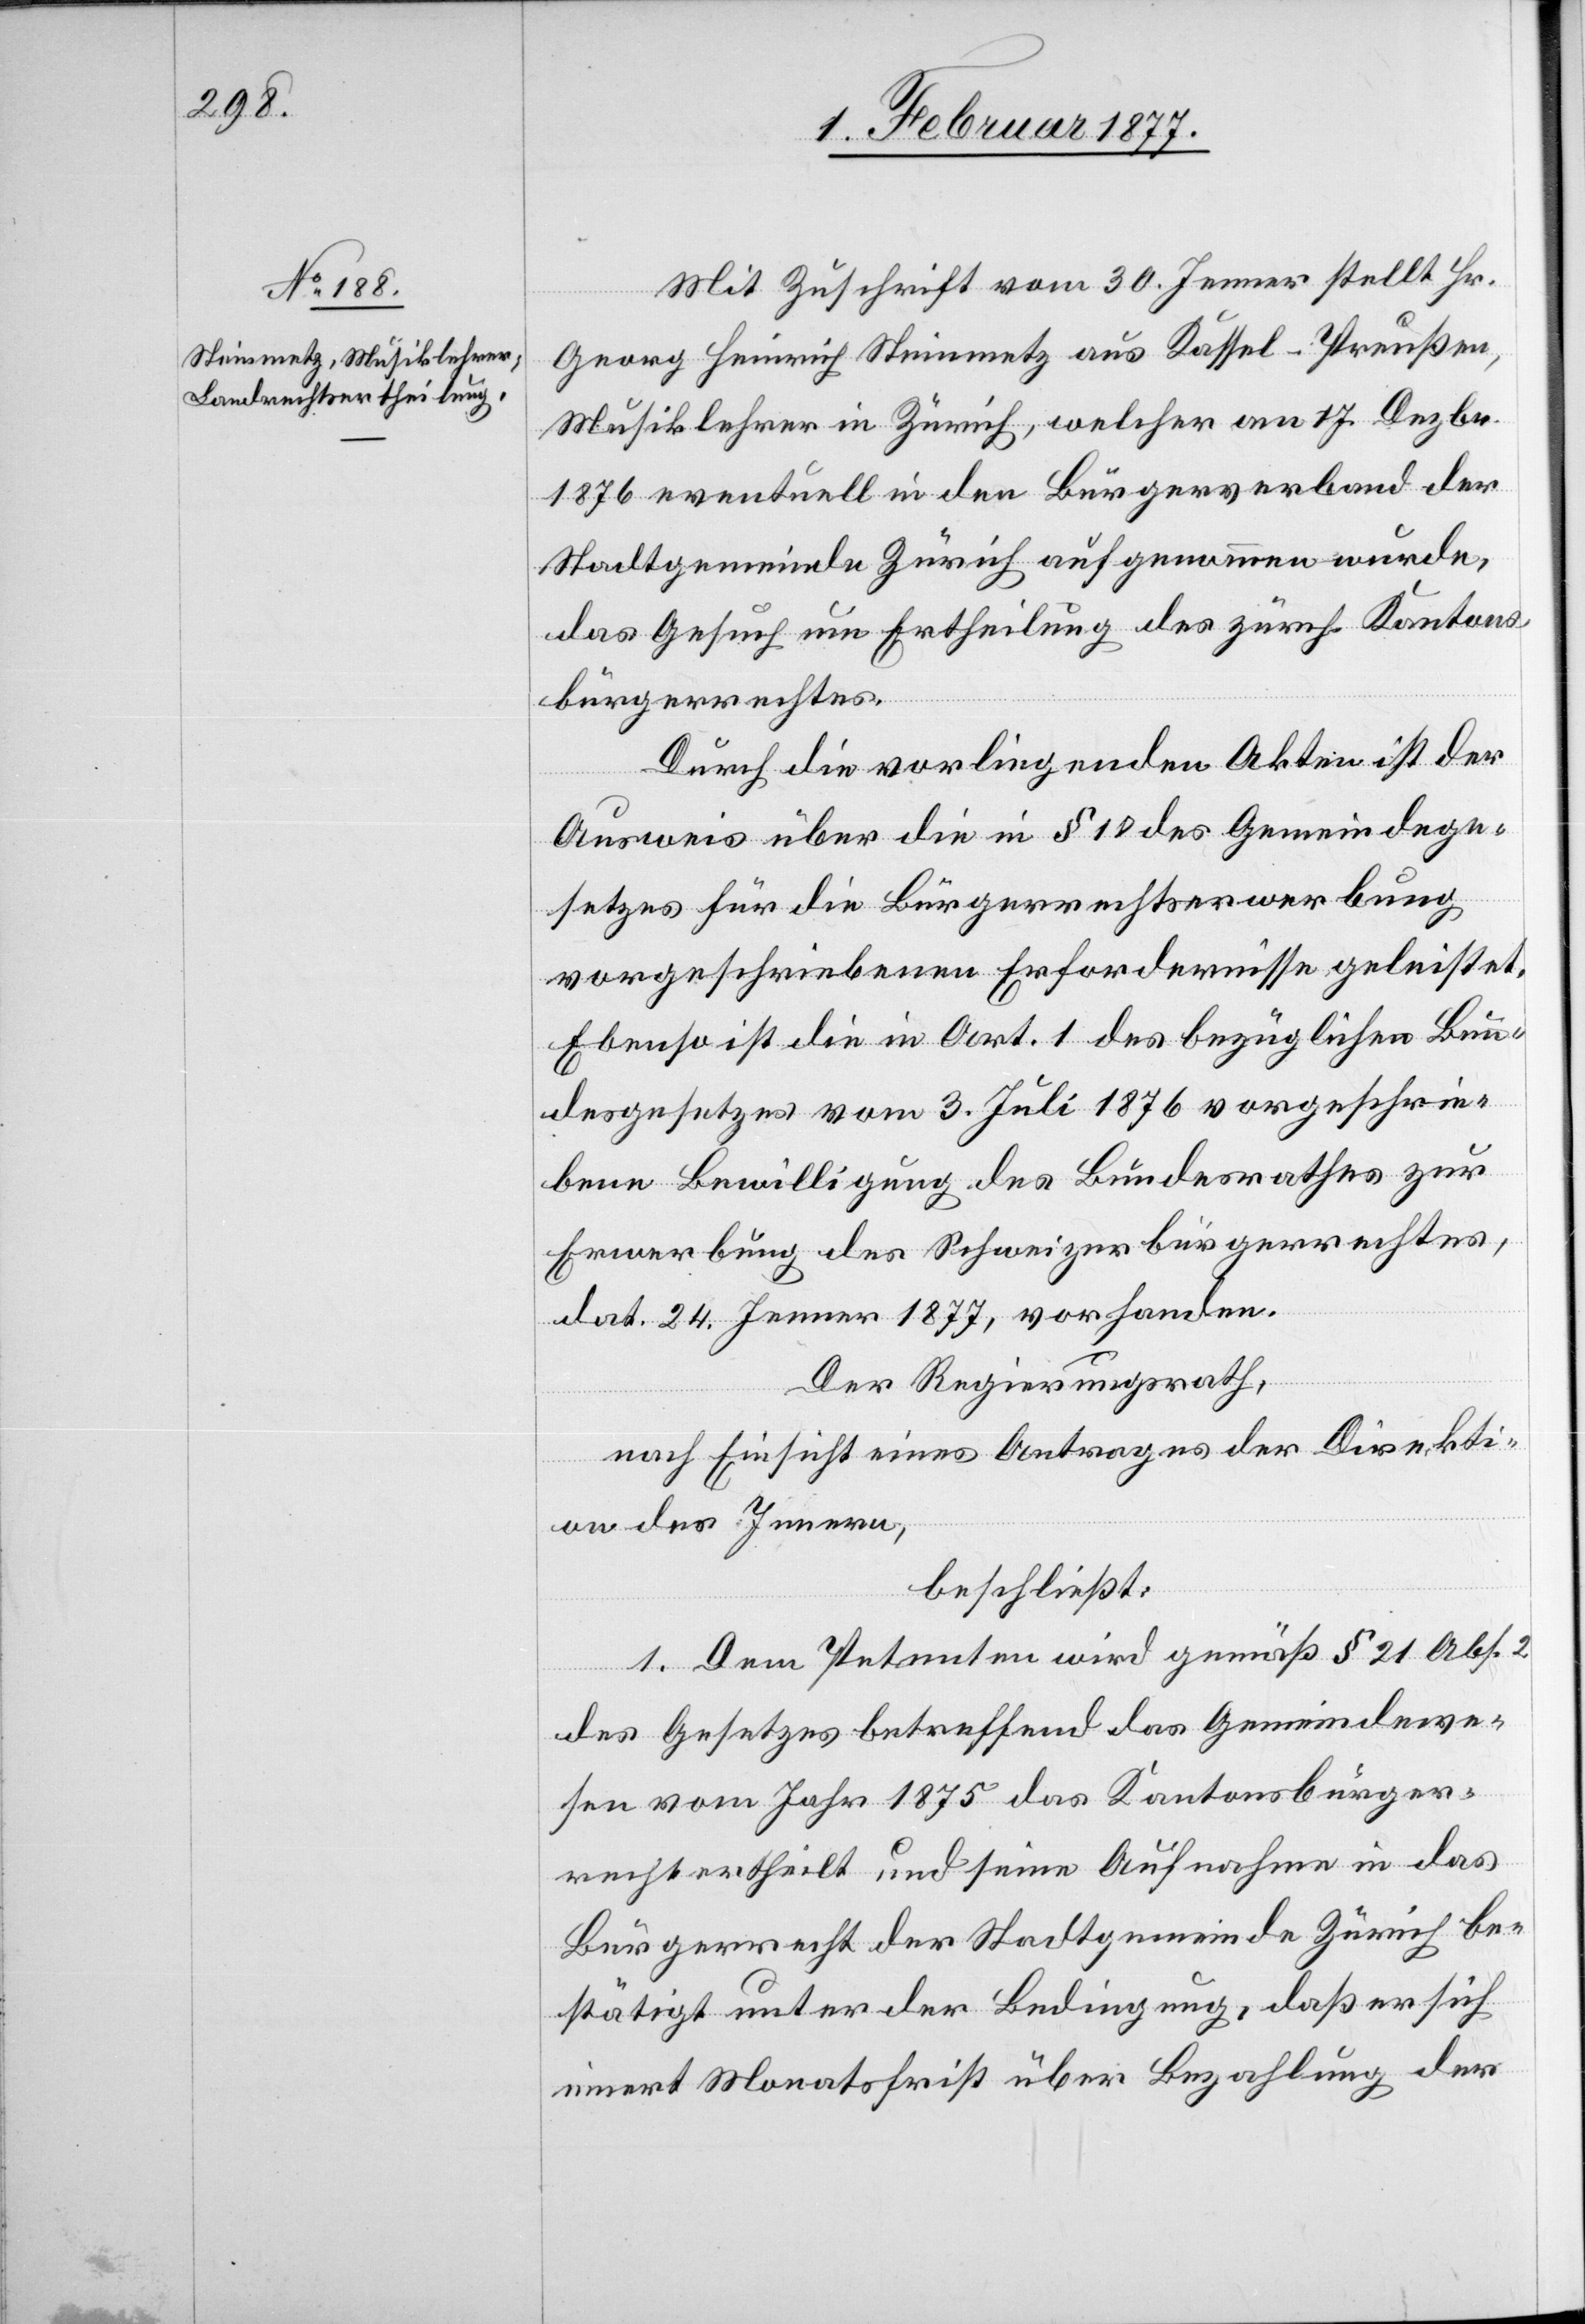
Mit Zuschrift vom 30. Jenner stellt Hr.
Georg Heinrich Steinmetz aus Kassel - Preußen,
Musiklehrer in Zürich, welcher am 17. Dezbr.
1876 eventuell in den Bürgerverband der
Stadtgemeinde Zürich aufgenommen wurde,
das Gesuch um Ertheilung des zürch. Kantons¬
bürgerrechtes.
Durch die vorliegenden Akten ist der
Ausweis über die in § 10 des Gemeindege¬
setzes für die Bürgerrechtserwerbung
vorgeschriebenen Erfordernisse geleistet.
Ebenso ist die in Art. 1 des bezüglichen Bun¬
desgesetzes vom 3. Juli 1876 vorgeschrie¬
bene Bewilligung des Bundesrathes zur
Erwerbung des Schweizerbürgerrechtes,
dat. 24. Jenner 1877, vorhanden.
Der Regierungsrath,
nach Einsicht eines Antrages der Direkti¬
on des Innern,
beschließt:
1. Dem Petenten wird gemäß § 21 Abs. 2
des Gesetzes betreffend das Gemeindewe¬
sen vom Jahr 1875 das Kantonsbürger¬
recht ertheilt und seine Aufnahme in das
Bürgerrecht der Stadtgemeinde Zürich be¬
stätigt unter der Bedingung, daß er sich
innert Monatsfrist über Bezahlung der